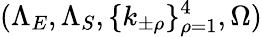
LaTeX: (\Lambda_{E},\Lambda_{S},\{ k_{\pm\rho}\} _{\rho=1}^{4},\Omega)